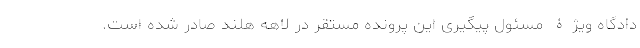
دادگاه ویژۀ مسئول پیگیری این پرونده مستقر در لاهه هلند صادر شده است.